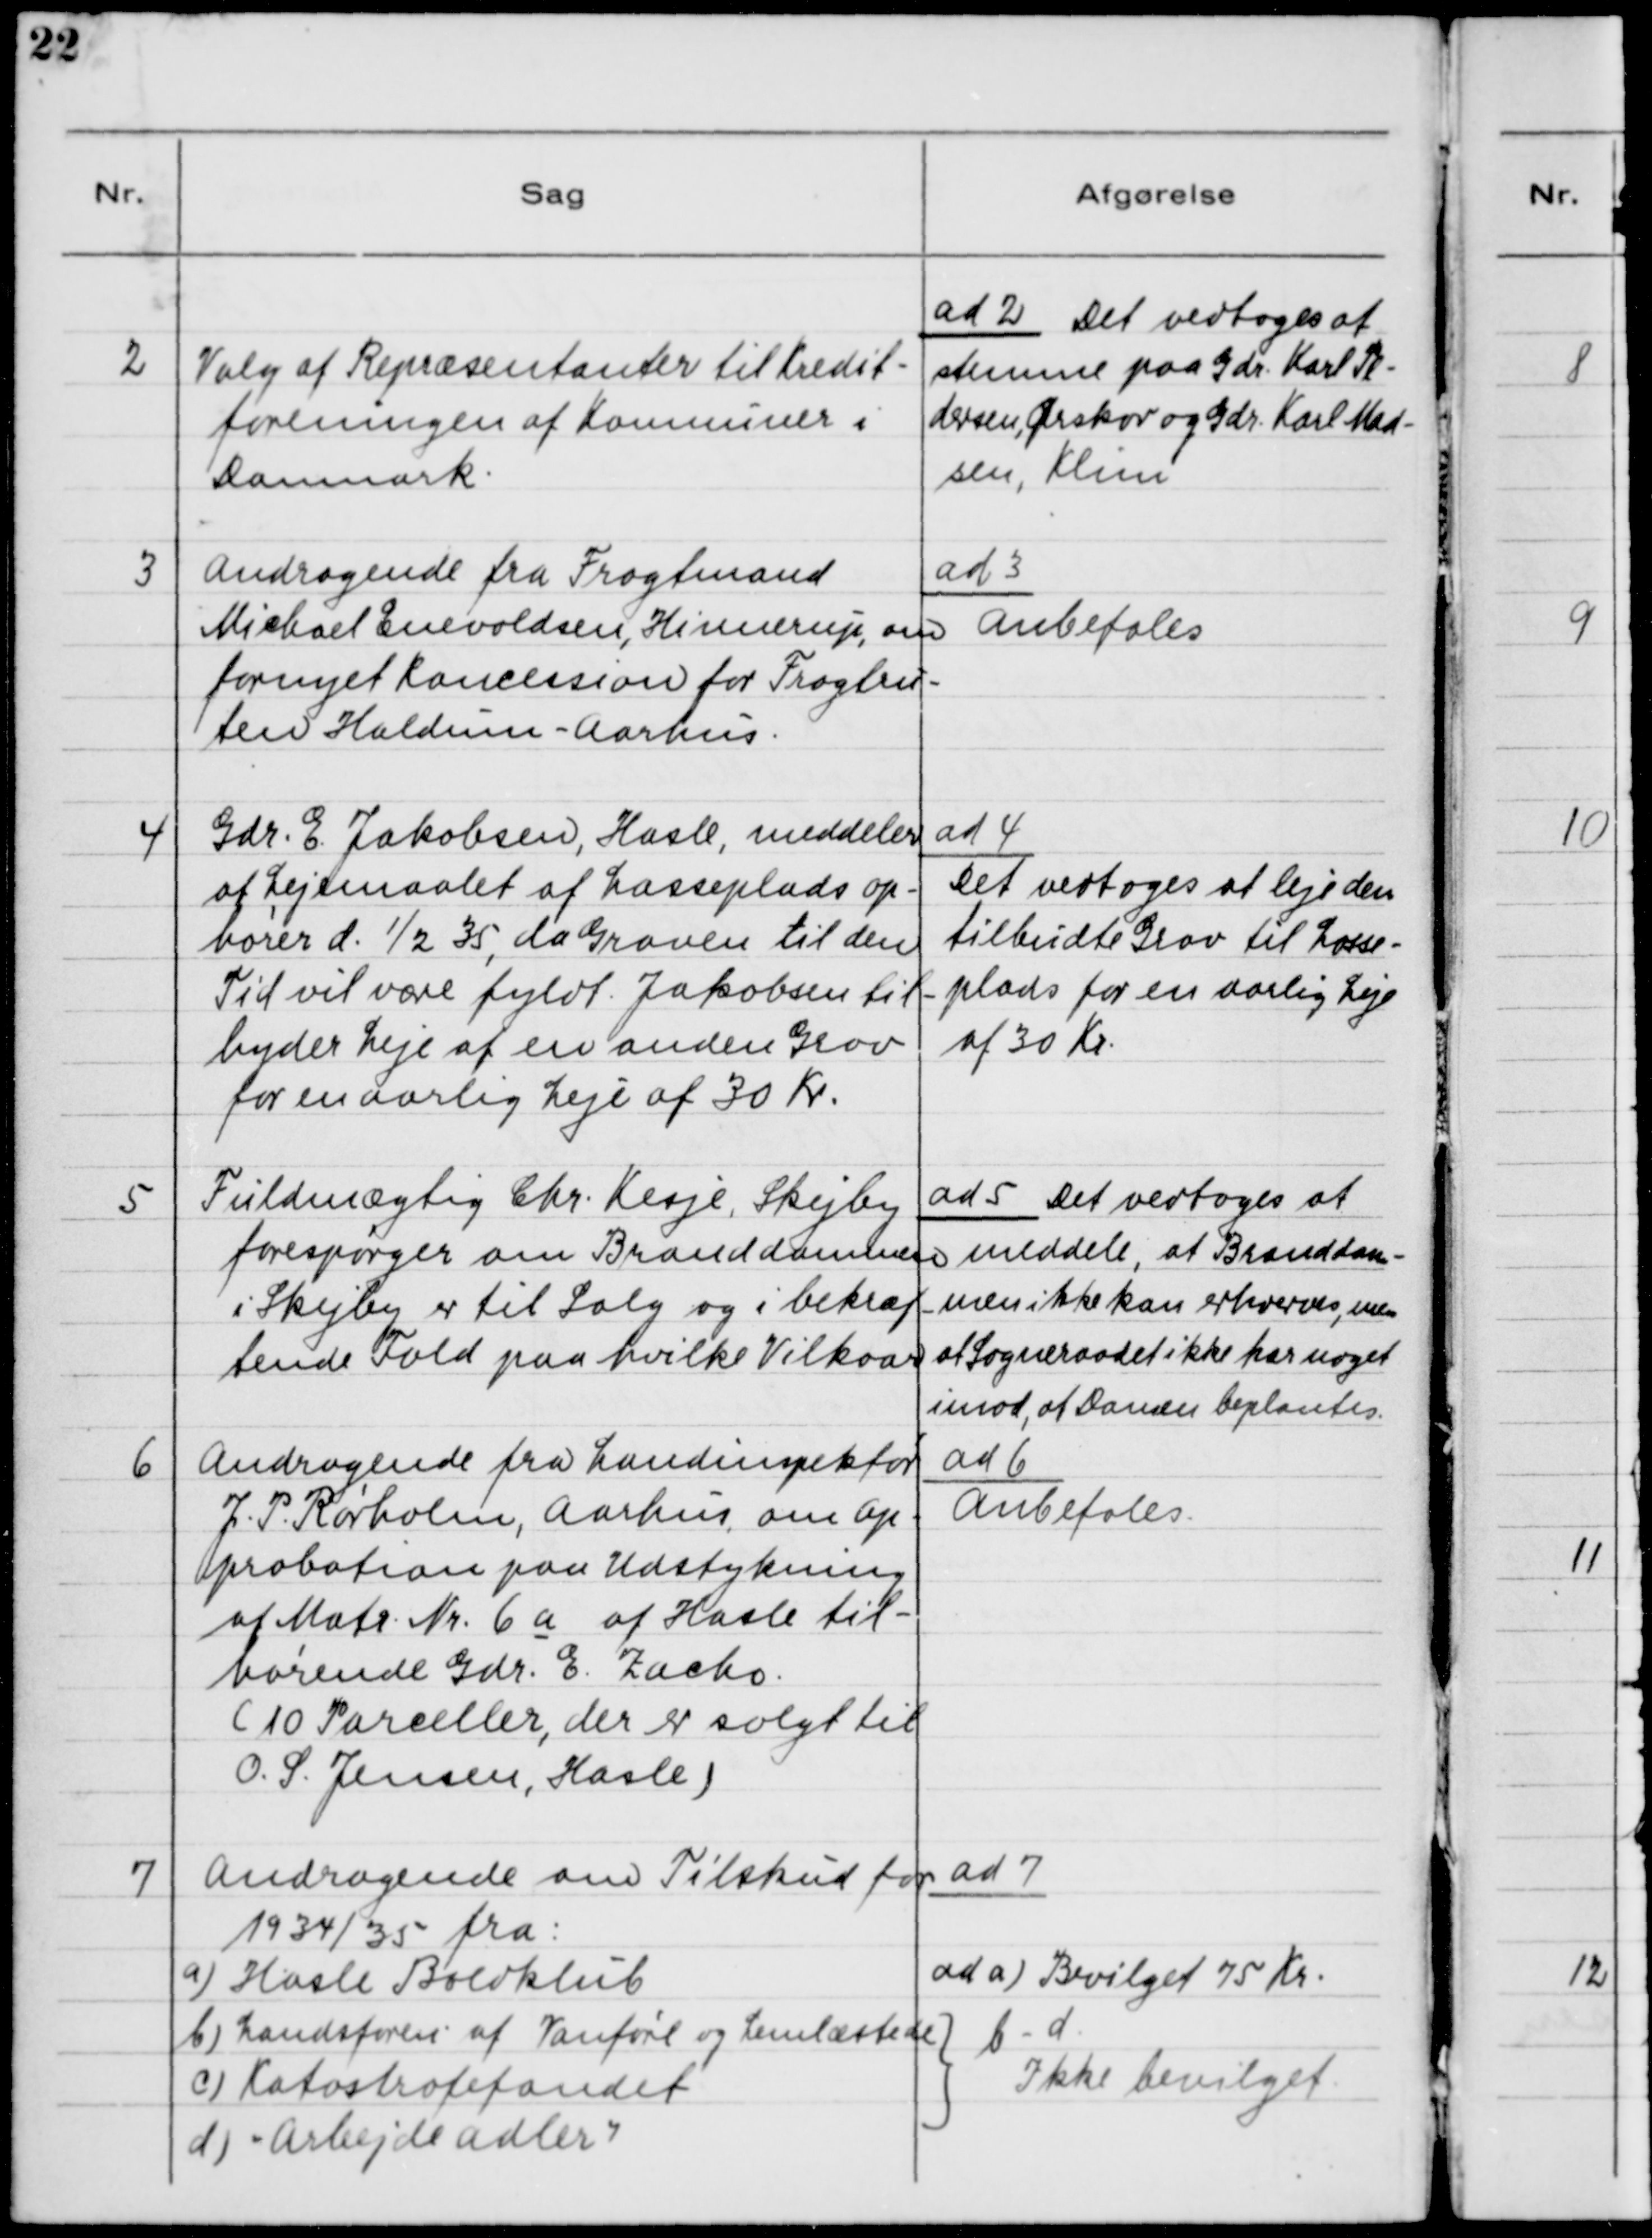
Transskription:
2

Valg af Repræsentanter til Kredit-
foreningen af Kommuner i
Danmark.

ad 2. Det vedtoges at
stemme paa Gdr. Karl Pe-
dersen, Ørskov og Gdr. Karl Mad-
sen, Klim

3

Andragende fra Fragtmand
Michael Enevoldsen, Hinnerup, om
fornyet Koncession for Fragtru-
ten Haldum - Aarhus.

ad 3.
Anbefales

4

Gdr. E. Jakobsen, Hasle, meddeler
at Lejemaalet af Losseplads op-
hører d. 1/2 35, da Graven til den
Tid vil være fyldt. Jakobsen til-
byder Leje af en anden Grav
for en aarlig Leje af 30 Kr.

ad 4. 
Det vedtoges at leje den
tilbudte Grav til Losse-
plads for en aarlig Leje 
af 30 Kr.

5

Fuldmægtig Chr. Kesje, Skejby
forespørger om Branddammen
i Skejby er til Salg og i bekræf-
tende Fald paa hvilke Vilkaar.

ad 5. Det vedtoges at
meddele, at Branddam-
men ikke kan erhverves, men
at Sogneraadet ikke har noget 
imod, at Dammen beplantes.

6

Andragende fra Landinspektør
J. P. Rørholm, Aarhus, om Ap-
probation paa Udstykning
af Matr. Nr. 6a af Hasle til-
hørende Gdr. E. Zache.
(10 Parceller, der er solgt til
O. S. Jensen, Hasle)

ad 6.
Anbefales

7

Andragende om Tilskud for
1934/35 fra
a) Hasle Boldklub
b) Landsforen. af Vanføre og Lemlæstede
c) Katastrofefondet
d) "Arbejde Adler"

ad 7.
ad a) Bevilget 75 Kr.
}b - d
}Ikke bevilget